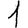
Digit: 1